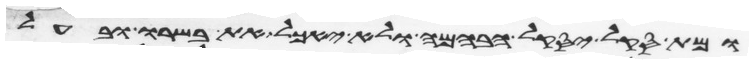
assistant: ומת סקל יסקל הבהמה ולא יאכל את בשרו ובעל